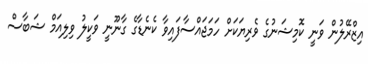
އިޒްރޭލުން ވަނީ ކޮމިޝަނުގެ ވެރިޔަކަށް ހަމަޖައްސާފައިވާ ކެނެޑާގެ ގާނޫނީ ވަކީލު ވިލިއަމް ޝަބާސް